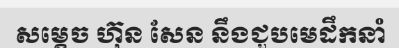
សម្តេច ហ៊ុន សែន នឹងជួបមេដឹកនាំ